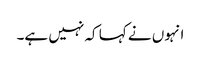
انہوں نے کہا کہ نہیں ہے۔